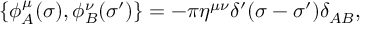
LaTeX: \{ \phi _ { A } ^ { \mu } ( \sigma ) , \phi _ { B } ^ { \nu } ( \sigma ^ { \prime } ) \} = - \pi \eta ^ { \mu \nu } \delta ^ { \prime } ( \sigma - \sigma ^ { \prime } ) \delta _ { A B } ,